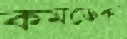
কমডেকা